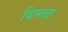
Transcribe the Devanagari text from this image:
विमळ